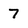
Character: 7